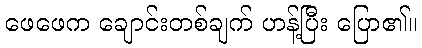
ဖေဖေက ချောင်းတစ်ချက် ဟန့်ပြီး ပြော၏။